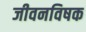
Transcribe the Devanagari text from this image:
जीवनविषक